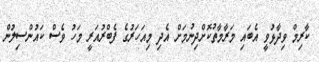
ކާރިމް ވިދާޅުވީ އެބައި މަރާމާތުކޮށްދިނުމަށް އެދި މިއަހަރުގެ ފެބްރުއަރީ މަހު ވެސް ކައުންސިލުން